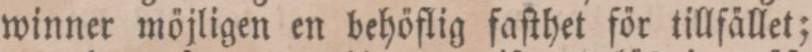
winner möjligen en behöflig faſthet för tillfället;